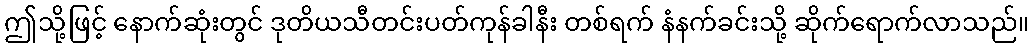
ဤသို့ဖြင့် နောက်ဆုံးတွင် ဒုတိယသီတင်းပတ်ကုန်ခါနီး တစ်ရက် နံနက်ခင်းသို့ ဆိုက်ရောက်လာသည်။